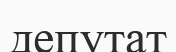
депутат